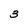
Character: 3